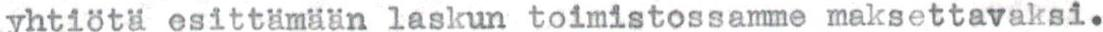
yhtiötä esittämään laskun toimistossamme maksettavaksi.